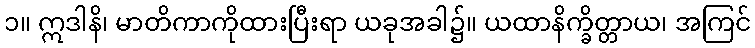
၁။ ဣဒါနိ၊ မာတိကာကိုထားပြီးရာ ယခုအခါ၌။ ယထာနိက္ခိတ္တာယ၊ အကြင်